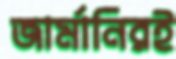
জার্মানিরই